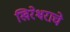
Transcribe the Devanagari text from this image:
खिरेश्वराचे